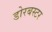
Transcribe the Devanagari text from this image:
डोरबस्टर